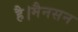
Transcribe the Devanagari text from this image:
है।मैनसन